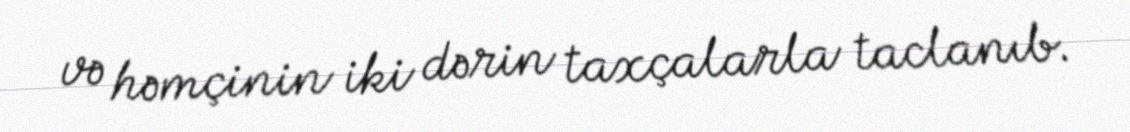
və həmçinin iki dərin taxçalarla taclanıb.